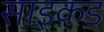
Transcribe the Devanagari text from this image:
साइकड